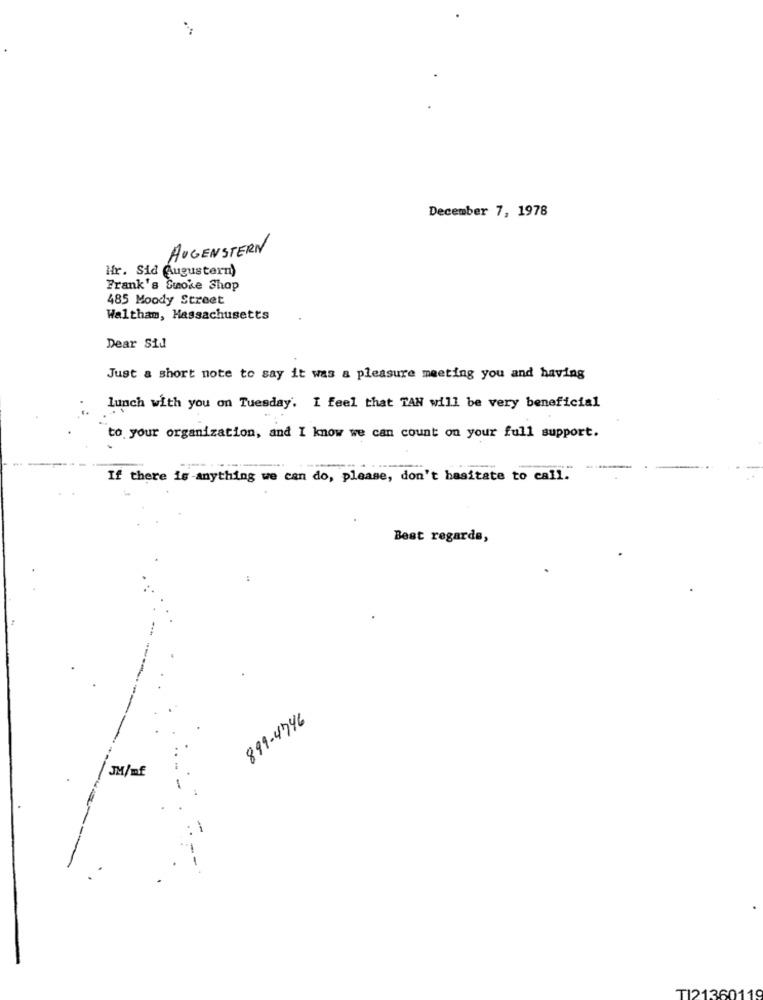
December 7, 1978
AUGENSTERN
ifr. Sid Augustern)
Frank's Smoke Shop
485 Moody Street
Waltham, Massachusetts
Dear Sid
Just a short note to say it was a pleasure meeting you and having
lunch with you on Tuesday. I feel that TAN will be very beneficial
to your organization, and I know we can count on your full support.
If there is -anything we can do, please, don't hesitate to call.
Best regards,
899-4746
JM/mf
-
TI21360119